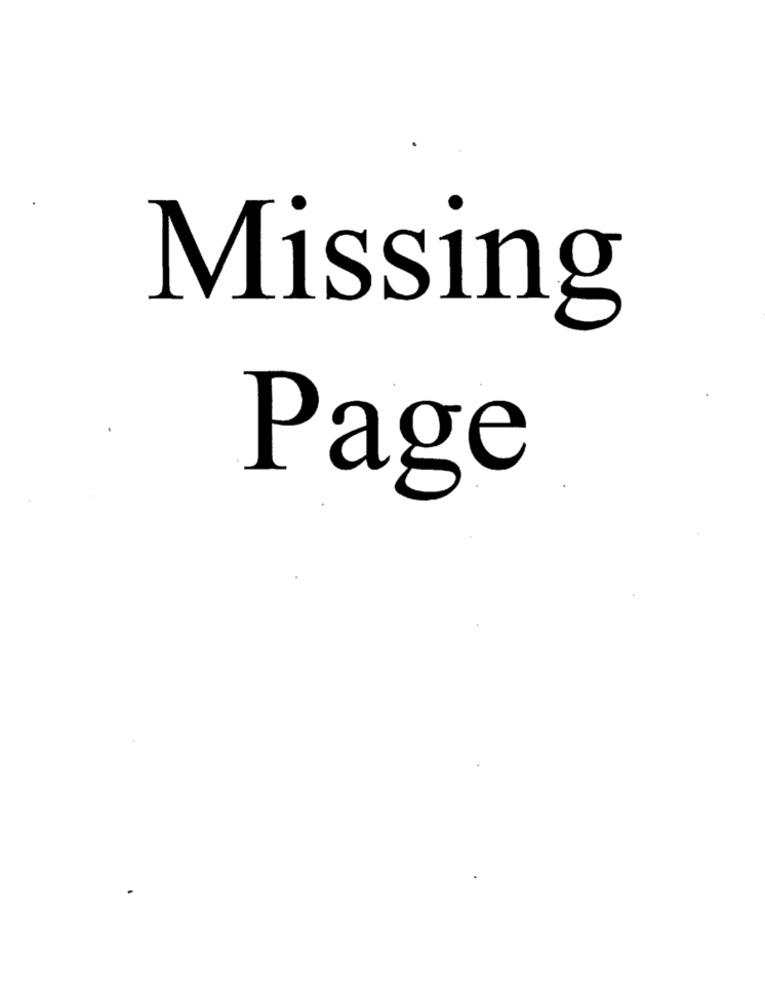
Missing
Page